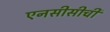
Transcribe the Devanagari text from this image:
एनसीसीची